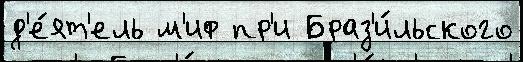
д'е́ят'ель м'иф пр'и Браз'и́льского